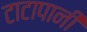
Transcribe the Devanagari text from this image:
टाटापानी